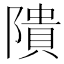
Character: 隤